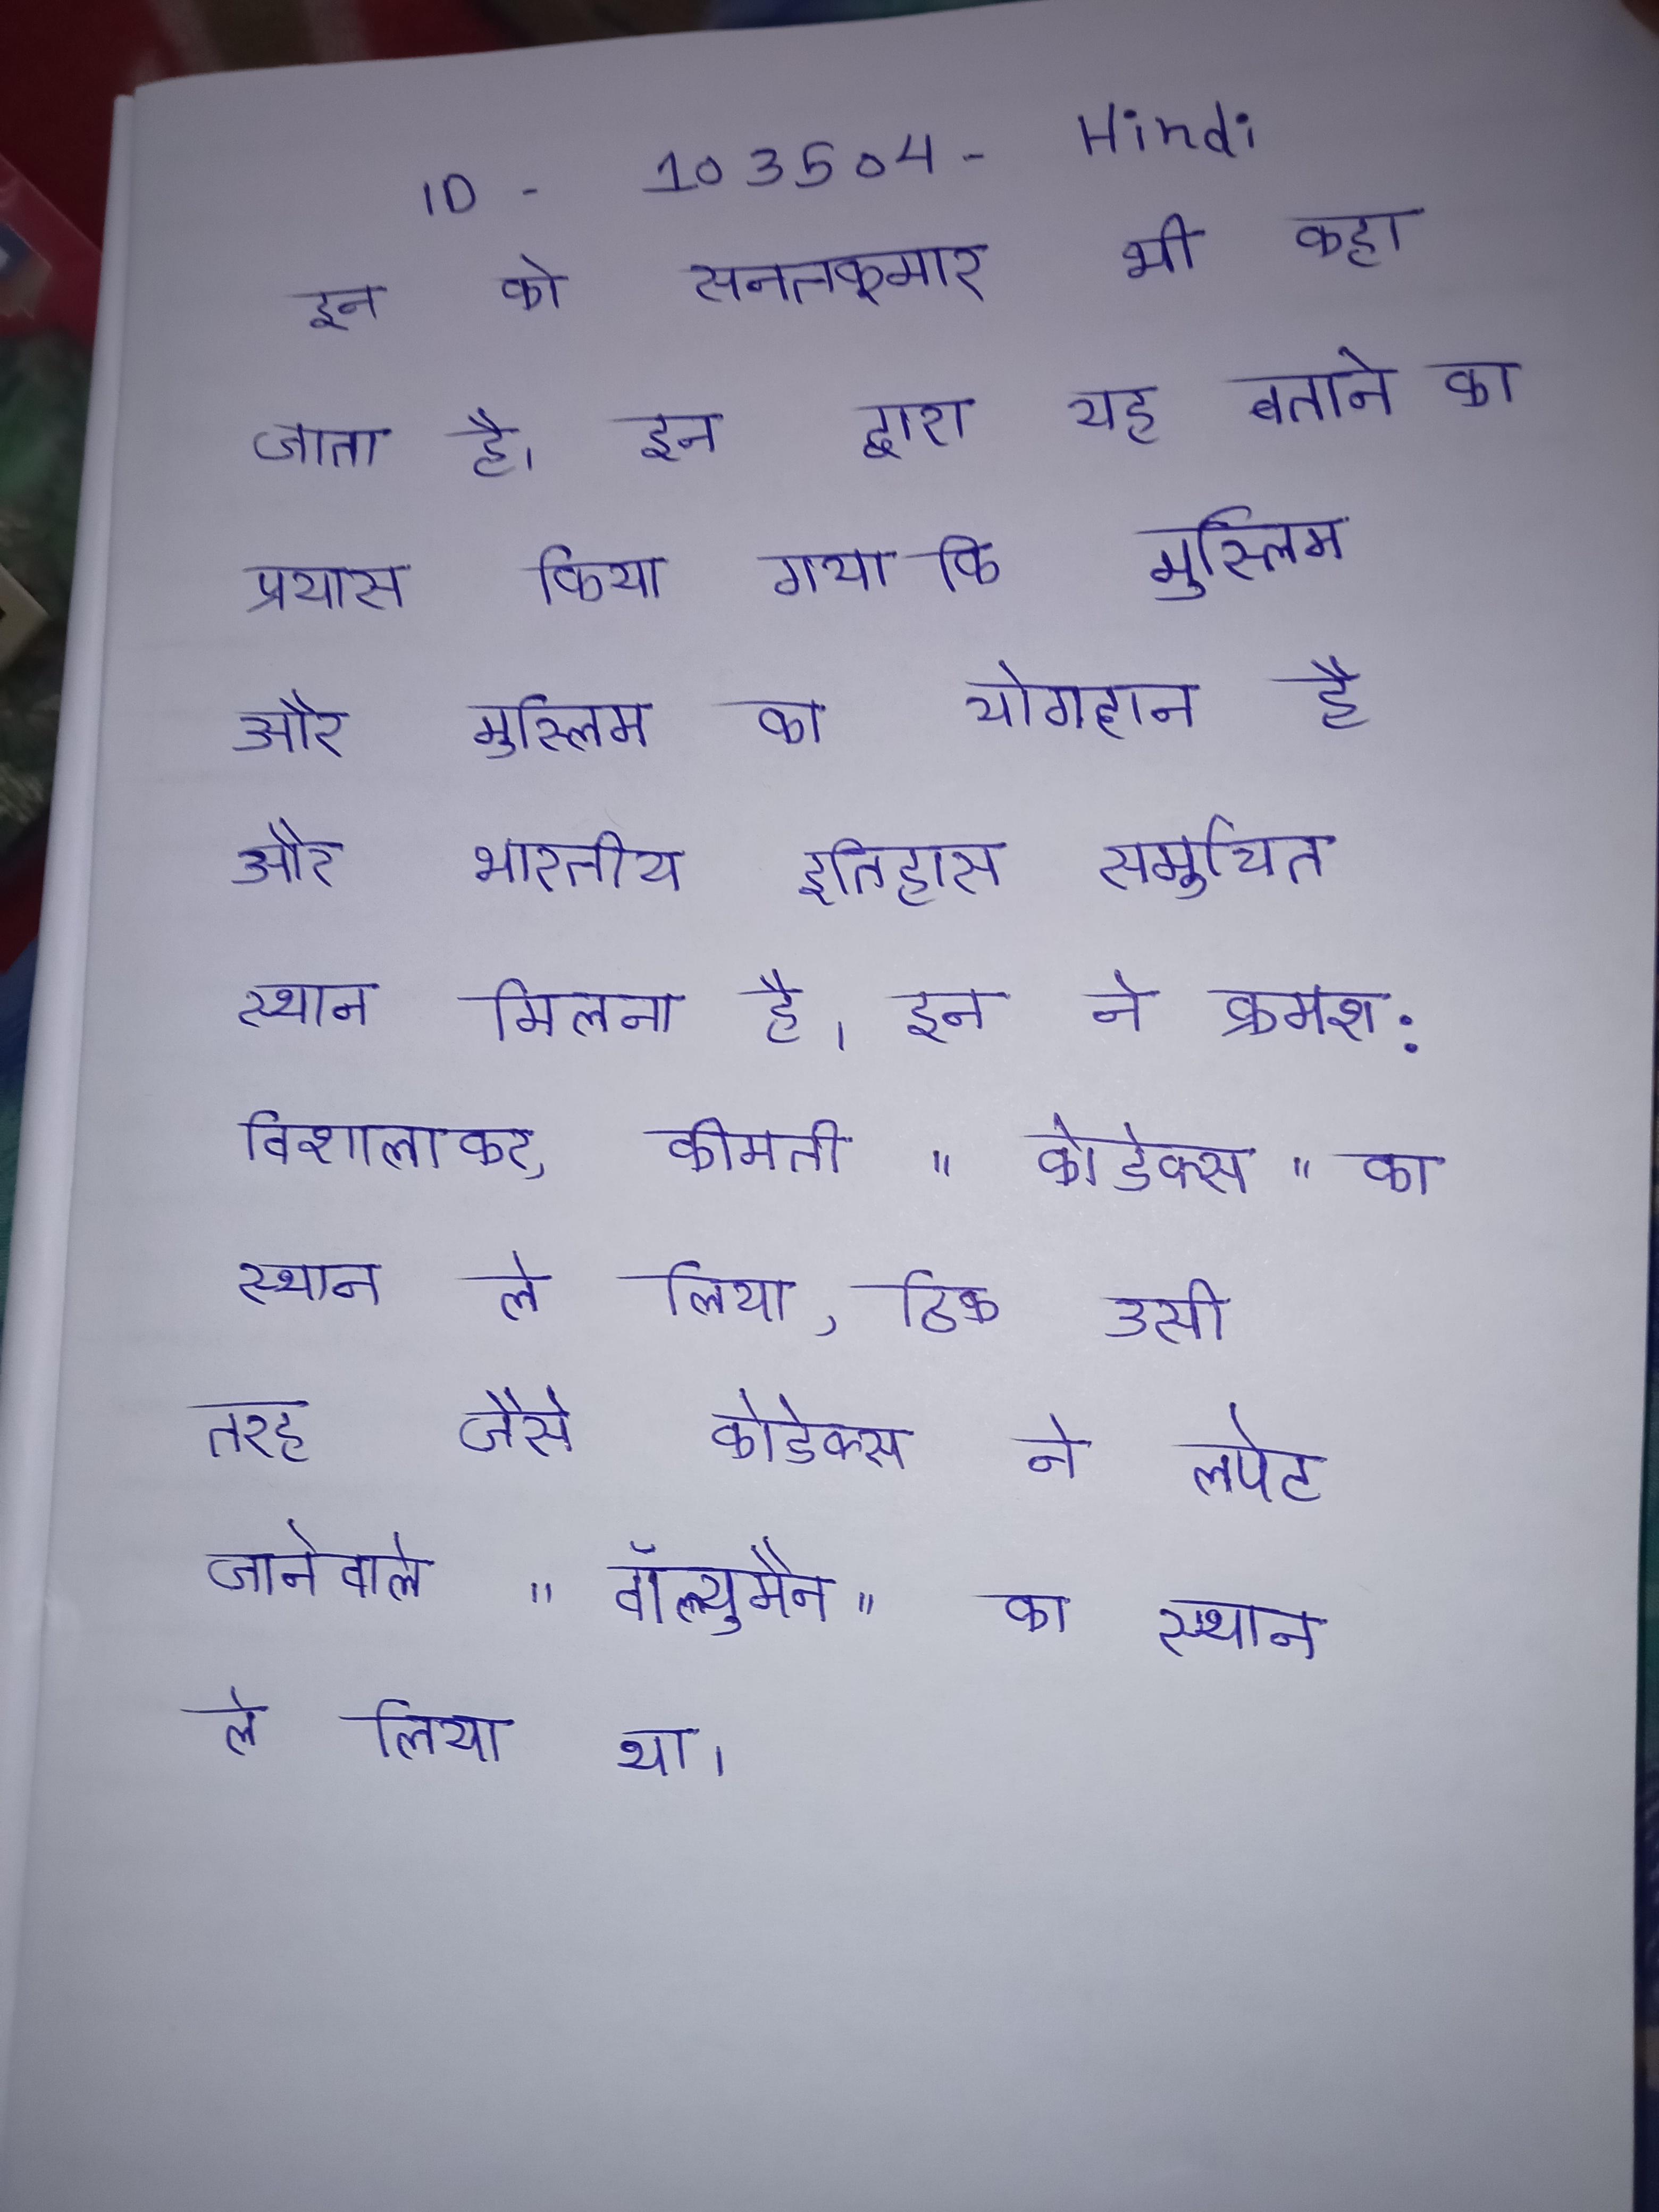
इन को सनतकुमार भी कहा जाता है । इन द्वारा यह बताने का प्रयास किया गया कि मुस्लिम समाज और मुस्लिम का योगदान है और भारतीय इतिहास समुचित स्थान मिलना है । इन ने क्रमश: विशालाकर, कीमती "कोडेक्स" का स्थान ले लिया, ठीक उसी तरह जैसे कोडेक्स ने लपेट जानेवाले "वॉल्यूमैन" का स्थान ले लिया था ।